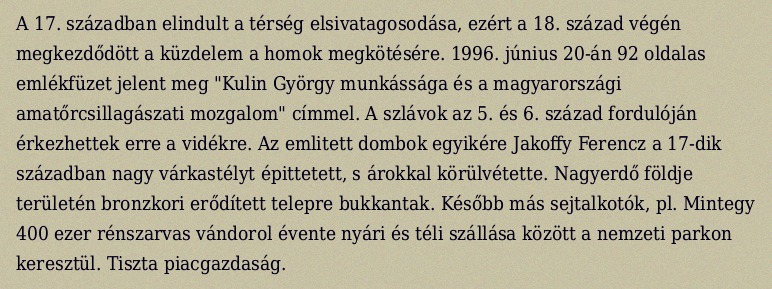
A 17. században elindult a térség elsivatagosodása, ezért a 18. század végén megkezdődött a küzdelem a homok megkötésére. 1996. június 20-án 92 oldalas emlékfüzet jelent meg "Kulin György munkássága és a magyarországi amatőrcsillagászati mozgalom" címmel. A szlávok az 5. és 6. század fordulóján érkezhettek erre a vidékre. Az emlitett dombok egyikére Jakoffy Ferencz a 17-dik században nagy várkastélyt épittetett, s árokkal körülvétette. Nagyerdő földje területén bronzkori erődített telepre bukkantak. Később más sejtalkotók, pl. Mintegy 400 ezer rénszarvas vándorol évente nyári és téli szállása között a nemzeti parkon keresztül. Tiszta piacgazdaság.